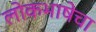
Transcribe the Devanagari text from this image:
लोकभाषेचा